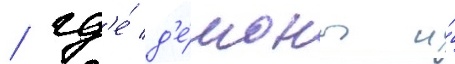
/ гд'е́ д'е́моны и́